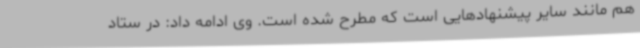
هم مانند سایر پیشنهادهایی است که مطرح شده است. وی ادامه داد: در ستاد